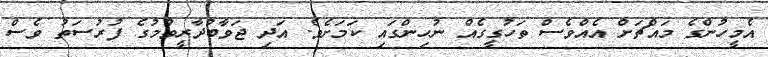
އެމީހުންގެ މައްޗަށް އެއްވެސް ތަހުގީގެއް ނުހިންގައި ކަމަށެވެ. އަދި ޖަވާބުދާރީވުމުގެ ފުރުސަތު ވެސް